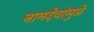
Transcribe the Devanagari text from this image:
नामदेवांमुळे